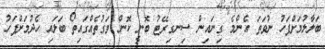
ބަލާލުމަށްފަހު ނުވަތަ އެންމެ ގިނައިން ސިނގިރޭޓު ބޮނީ ކޮން ވަގުތެއްގައިތޯ ބަލައި ހެދުމަށްފަހު